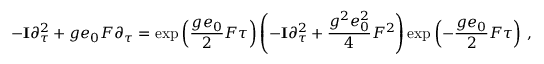
- { \bf I } \partial \sb \tau \sp 2 + g e \sb 0 F \partial \sb \tau = \exp \left( \frac { g e \sb 0 } { 2 } F \tau \right) \left( - { \bf I } \partial \sb \tau \sp 2 + \frac { g \sp 2 e \sb 0 \sp 2 } { 4 } F \sp 2 \right) \exp \left( - \frac { g e \sb 0 } { 2 } F \tau \right) \, ,